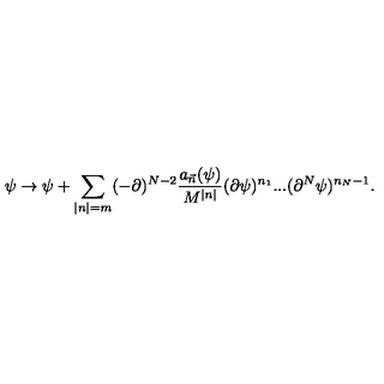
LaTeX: \psi \rightarrow \psi + \sum _ { | n | = m } ( - \partial ) ^ { N - 2 } \frac { a _ { \vec { n } } ( \psi ) } { M ^ { | n | } } ( \partial \psi ) ^ { n _ { 1 } } . . . ( \partial ^ { N } \psi ) ^ { n _ { N } - 1 } .